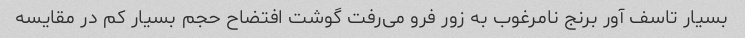
بسیار تاسف آور برنج نامرغوب به زور فرو می‌رفت گوشت افتضاح حجم بسیار کم در مقایسه